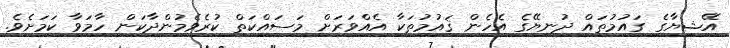
އޭޝިޔާގެ ގައުމުތައް ދުނިޔޭގެ އެހެން ޤައުމުތަކާ އެއްވަރަށް މަސައްކަތް ކުރެވެމުންދާކަން ހާމަވާ ކަމަށެވެ.